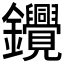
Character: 𰽓